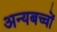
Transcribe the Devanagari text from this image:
अन्यबच्चों